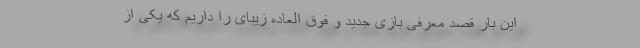
این بار قصد معرفی بازی جدید و فوق العاده زیبای را داریم که یکی از